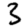
Digit: 3